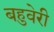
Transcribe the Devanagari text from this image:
बहुवेरी